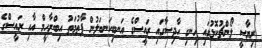
ރިޔާސީ ލޯންޗުކޮޅުގައި ހިނގި ހާދިސާގައި ރައީސްގެ އަނބިކަނބަލުން ފާތުމަތު އިބްރާހީމް އާއި ރައީސްގެ